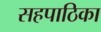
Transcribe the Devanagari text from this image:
सहपाठिका